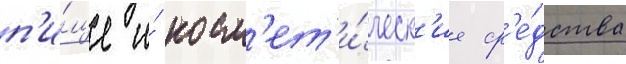
п'и́ще и́ косм'ет'и́ческ'ие ср'е́дства